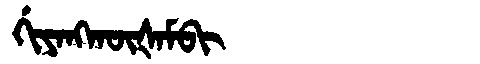
Manchu: ᡤᡳᠶᠠᠩᡴᡡᡧᠠᠮᠪᡳ
Romanization: GIYANGKŪŠAMBI